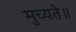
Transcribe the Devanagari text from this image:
मुच्यते॥